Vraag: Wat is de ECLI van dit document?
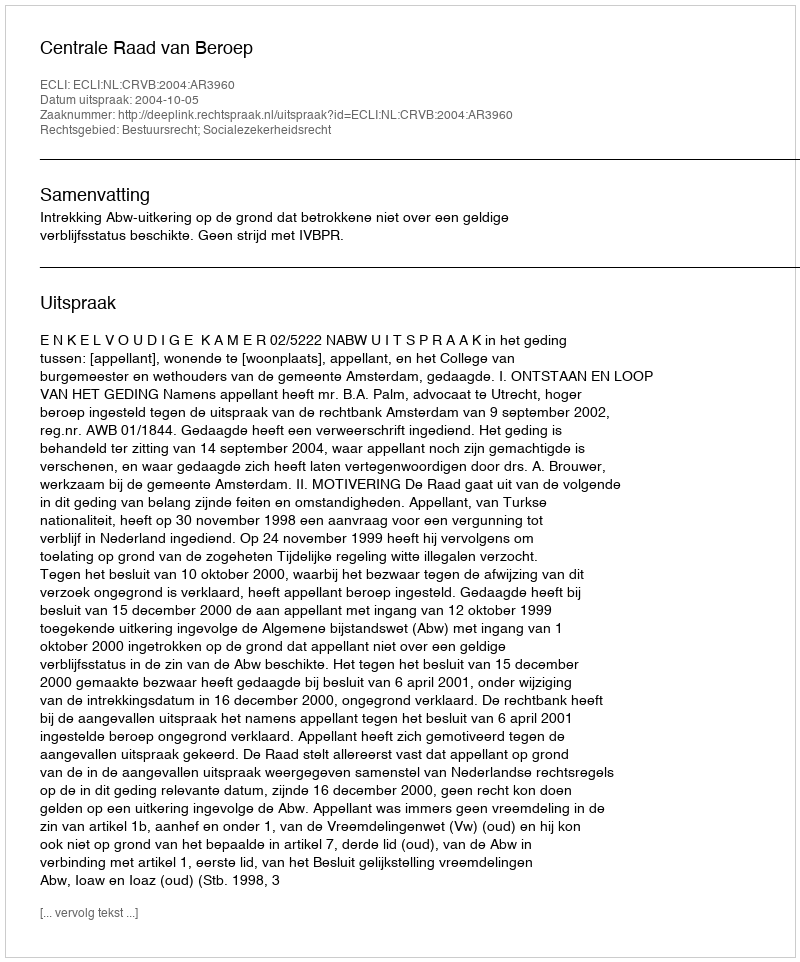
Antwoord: ECLI:NL:CRVB:2004:AR3960